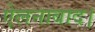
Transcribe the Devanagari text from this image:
ऐलनाबाद।